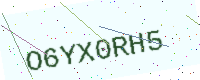
Text: O6YX0RH5